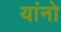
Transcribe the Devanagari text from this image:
यांनो